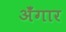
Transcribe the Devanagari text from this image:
अँगार